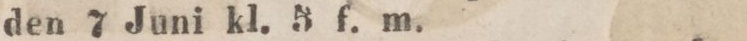
den 7 Juni kl. 5 f. m.